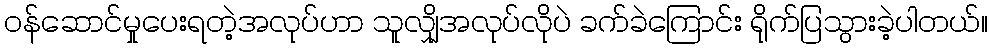
ဝန်ဆောင်မှုပေးရတဲ့အလုပ်ဟာ သူလျှိုအလုပ်လိုပဲ ခက်ခဲကြောင်း ရိုက်ပြသွားခဲ့ပါတယ်။